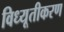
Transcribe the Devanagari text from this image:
विध्यूतीकरण